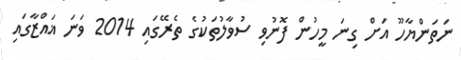
ނަތަންޔާހޫ އަށް ގިނަ މީހުން ފޮނުވި ސުވާލުތަކުގެ ތެރޭގައި 2014 ވަނަ ޣައްޒާގައި